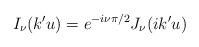
LaTeX: \begin{align*}I_{\nu }(k'u)=e^{-i\nu \pi /2}J_{\nu }(ik'u)\end{align*}